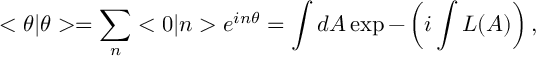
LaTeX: < \theta | \theta > = \sum _ { n } < 0 | n > e ^ { i n \theta } = \int d A \exp - \left( i \int { \cal L } ( A ) \right) ,